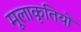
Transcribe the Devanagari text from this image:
मूलाकृतियों